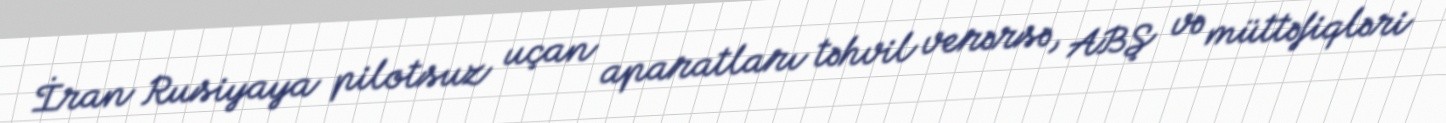
İran Rusiyaya pilotsuz uçan aparatları təhvil verərsə, ABŞ və müttəfiqləri